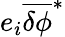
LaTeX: e_{i}\overline{{\delta\phi}}^{\ast}